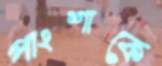
পাংশাকে